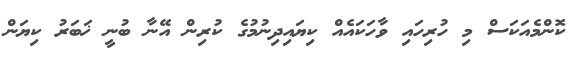
ކޮންމެއަކަސް މި ހުރިހައި ވާހަކައެއް ކިޔައިދިނުމުގެ ކުރިން އޭނާ ބުނީ ޚަބަރު ކިޔަން